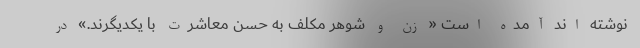
نوشته اند آمده است « زن و شوهر مکلف به حسن معاشرت با یکدیگرند.» در